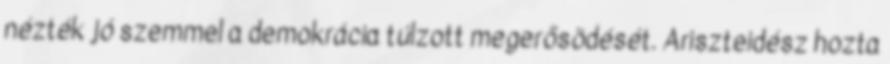
nézték jó szemmel a demokrácia túlzott megerősödését. Ariszteidész hozta